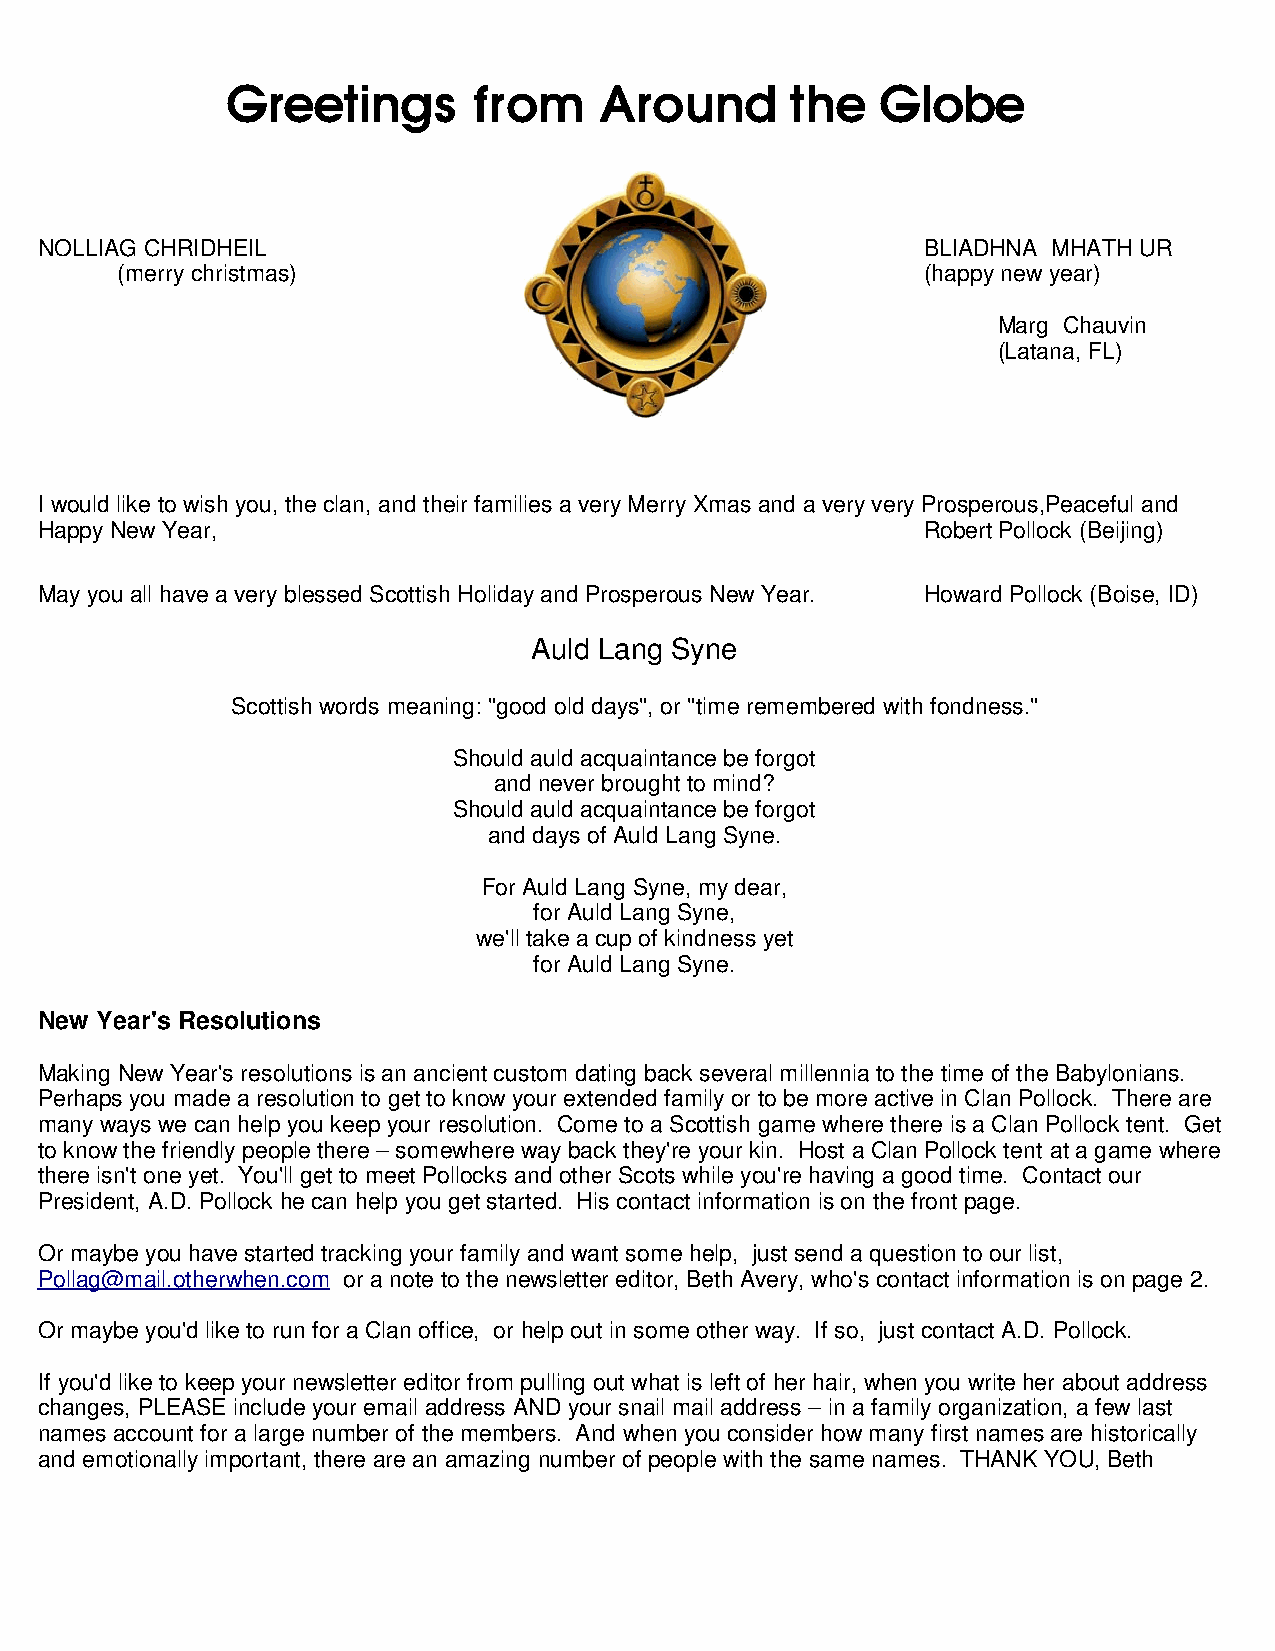
Greetings       from     Around      the   Globe
 NOLLIAG CHRIDHEIL                                          BLIADHNA MHATH UR
 (merry christmas)                                    (happy new year)
 Marg Chauvin
 (Latana, FL)
 I would like to wish you, the clan, and their families a very Merry Xmas and a very very Prosperous,Peaceful and
 Happy New Year,                                            Robert Pollock (Beijing)
 May you all have a very blessed Scottish Holiday and Prosperous New Year. Howard Pollock (Boise, ID)
 Auld Lang Syne
 Scottish words meaning: "good old days", or "time remembered with fondness."
 Should auld acquaintance be forgot
 and never brought to mind?
 Should auld acquaintance be forgot
 and days of Auld Lang Syne.
 For Auld Lang Syne, my dear,
 for Auld Lang Syne,
 we'll take a cup of kindness yet
 for Auld Lang Syne.
 New Year's Resolutions
 Making New Year's resolutions is an ancient custom dating back several millennia to the time of the Babylonians.
 Perhaps you made a resolution to get to know your extended family or to be more active in Clan Pollock. There are
 many ways we can help you keep your resolution. Come to a Scottish game where there is a Clan Pollock tent. Get
 to know the friendly people there – somewhere way back they're your kin. Host a Clan Pollock tent at a game where
 there isn't one yet. You'll get to meet Pollocks and other Scots while you're having a good time. Contact our
 President, A.D. Pollock he can help you get started. His contact information is on the front page.
 Or maybe you have started tracking your family and want some help, just send a question to our list,
 Pollag@mail.otherwhen.com or a note to the newsletter editor, Beth Avery, who's contact information is on page 2.
 Or maybe you'd like to run for a Clan office, or help out in some other way. If so, just contact A.D. Pollock.
 If you'd like to keep your newsletter editor from pulling out what is left of her hair, when you write her about address
 changes, PLEASE include your email address AND your snail mail address – in a family organization, a few last
 names account for a large number of the members. And when you consider how many first names are historically
 and emotionally important, there are an amazing number of people with the same names. THANK YOU, Beth